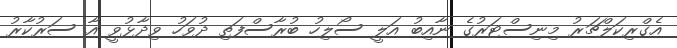
އެގްރިކަލްޗަރު މިނިސްޓަރުގެ ނާއިބު އަލީ ސޯލިހު ބުރާސްފަތި ދުވަހު ވިދާޅުވީ އާ ސަރުކާރު